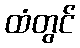
ထံတွင်